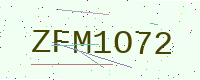
Text: ZFM1O72